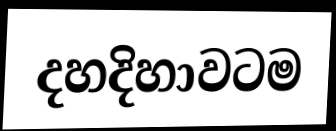
දහදිහාවටම